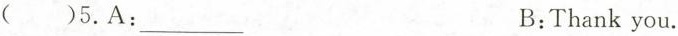
( )5.A: ___B:Thank you.